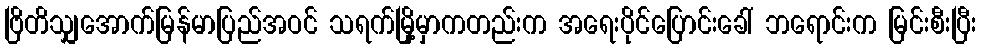
ဗြိတိသျှအောက်မြန်မာပြည်အဝင် သရက်မြို့မှာကတည်းက အရေးပိုင်ပြောင်းခေါ် ဘရောင်းက မြင်းစီးပြီး